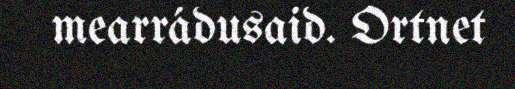
mearrádusaid. Ortnet